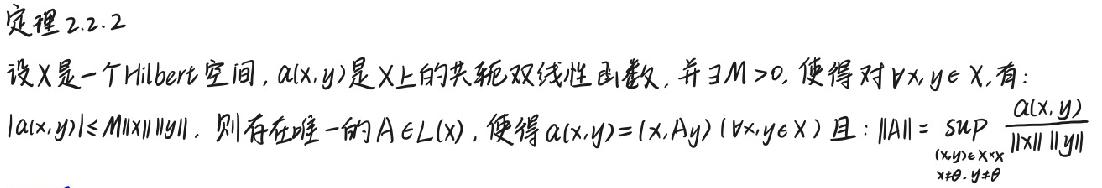
定理 2.2.2
设 \(X\) 是一个 Hilbert 空间，\(\alpha(x,y)\) 是 \(X\) 上的共轭双线性函数，并 \(\exists M>0\)，使得对 \(\forall x,y\in X\)，有：
\(|\alpha(x,y)|\leq M\|x\|\|y\|\)，则存在唯一的 \(A\in L(X)\)，使得 \(\alpha(x,y)=(x,Ay)\ (\forall x,y\in X)\) 且 \(\|A\| = \sup_{\substack{(x,y)\in X\times X\\x\neq\theta,y\neq\theta}}\frac{\alpha(x,y)}{\|x\|\|y\|}\)